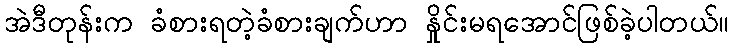
အဲဒီတုန်းက ခံစားရတဲ့ခံစားချက်ဟာ နှိုင်းမရအောင်ဖြစ်ခဲ့ပါတယ်။